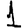
Digit: 1